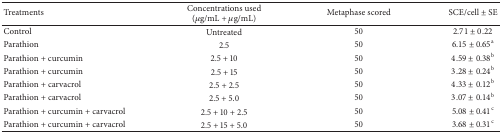
<table><thead><tr><td><b>Treatments </b></td><td><b>Concentrations used (<i>μ</i>g/mL + <i>μ</i>g/mL) </b></td><td><b>Metaphase scored </b></td><td><b>SCE/cell ± SE </b></td></tr></thead><tbody><tr><td>Control</td><td>Untreated</td><td>50</td><td>2.71 ± 0.22</td></tr><tr><td>Parathion </td><td>2.5</td><td>50</td><td>6.15 ± 0.65<sup>a</sup></td></tr><tr><td>Parathion + curcumin </td><td>2.5 + 10 </td><td>50</td><td>4.59 ± 0.38<sup>b</sup></td></tr><tr><td>Parathion + curcumin </td><td>2.5 + 15 </td><td>50</td><td>3.28 ± 0.24<sup>b</sup></td></tr><tr><td>Parathion + carvacrol </td><td>2.5 + 2.5 </td><td>50</td><td>4.33 ± 0.12<sup>b</sup></td></tr><tr><td>Parathion + carvacrol </td><td>2.5 + 5.0 </td><td>50</td><td>3.07 ± 0.14<sup>b</sup></td></tr><tr><td>Parathion + curcumin + carvacrol</td><td>2.5 + 10 + 2.5 </td><td>50</td><td>5.08 ± 0.41<sup>c</sup></td></tr><tr><td>Parathion + curcumin + carvacrol </td><td>2.5 + 15 + 5.0 </td><td>50</td><td>3.68 ± 0.31<sup>c</sup></td></tr></tbody></table>